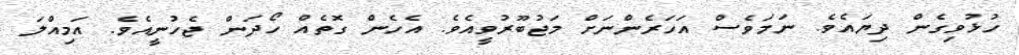
ހުޅުވިގެން ދިޔައެވެ. ނަމަވެސް އަހަރެންނަށް މަޖުބޫރުވީއެވެ. އެހެން ގޮތެއް ހޯދަން ޖެހުނީއެވެ. އަމިއްލަ